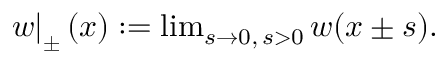
\begin{array} { r } { \left. w \right| _ { \pm } ( x ) : = \operatorname* { l i m } _ { s \rightarrow 0 , \, s > 0 } w ( x \pm s ) . } \end{array}